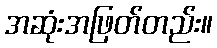
အဆုံးအဖြတ်တည်း။